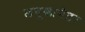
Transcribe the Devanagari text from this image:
लयूश्लागेटर